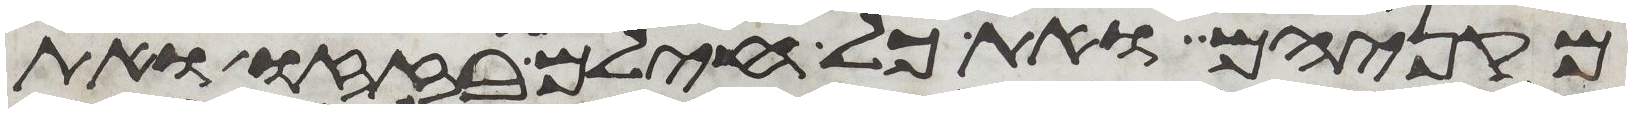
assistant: מקניהם ואת כל חילם בזזו ואת